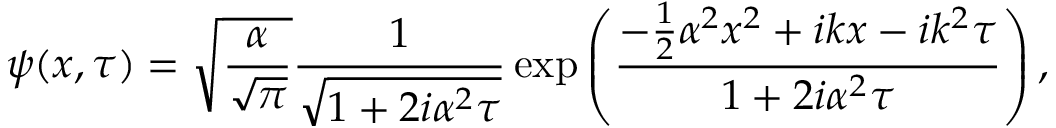
\psi ( x , \tau ) = \sqrt { \frac { \alpha } { \sqrt { \pi } } } \frac { 1 } { \sqrt { 1 + 2 i \alpha ^ { 2 } \tau } } \exp \left( \frac { - \frac { 1 } { 2 } \alpha ^ { 2 } x ^ { 2 } + i k x - i k ^ { 2 } \tau } { 1 + 2 i \alpha ^ { 2 } \tau } \right) ,